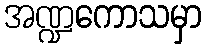
အဏ္ဍကောသမှာ